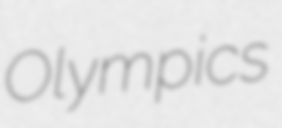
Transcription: Olympics